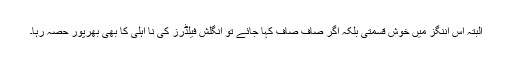
البتہ اس اننگز میں خوش قسمتی بلکہ اگر صاف صاف کہا جائے تو انگلش فیلڈرز کی نا اہلی کا بھی بھرپور حصہ رہا۔